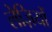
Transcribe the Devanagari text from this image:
लेज़ियों